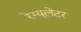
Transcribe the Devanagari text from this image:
रेग्यूलेटर